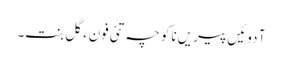
آ دوئیں پیریں ناکو چہ تئی فونءَ گل بنت۔